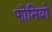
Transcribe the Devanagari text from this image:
फोनियो